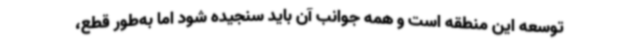
توسعه این منطقه است و همه جوانب آن باید سنجیده شود اما به‌طور قطع،